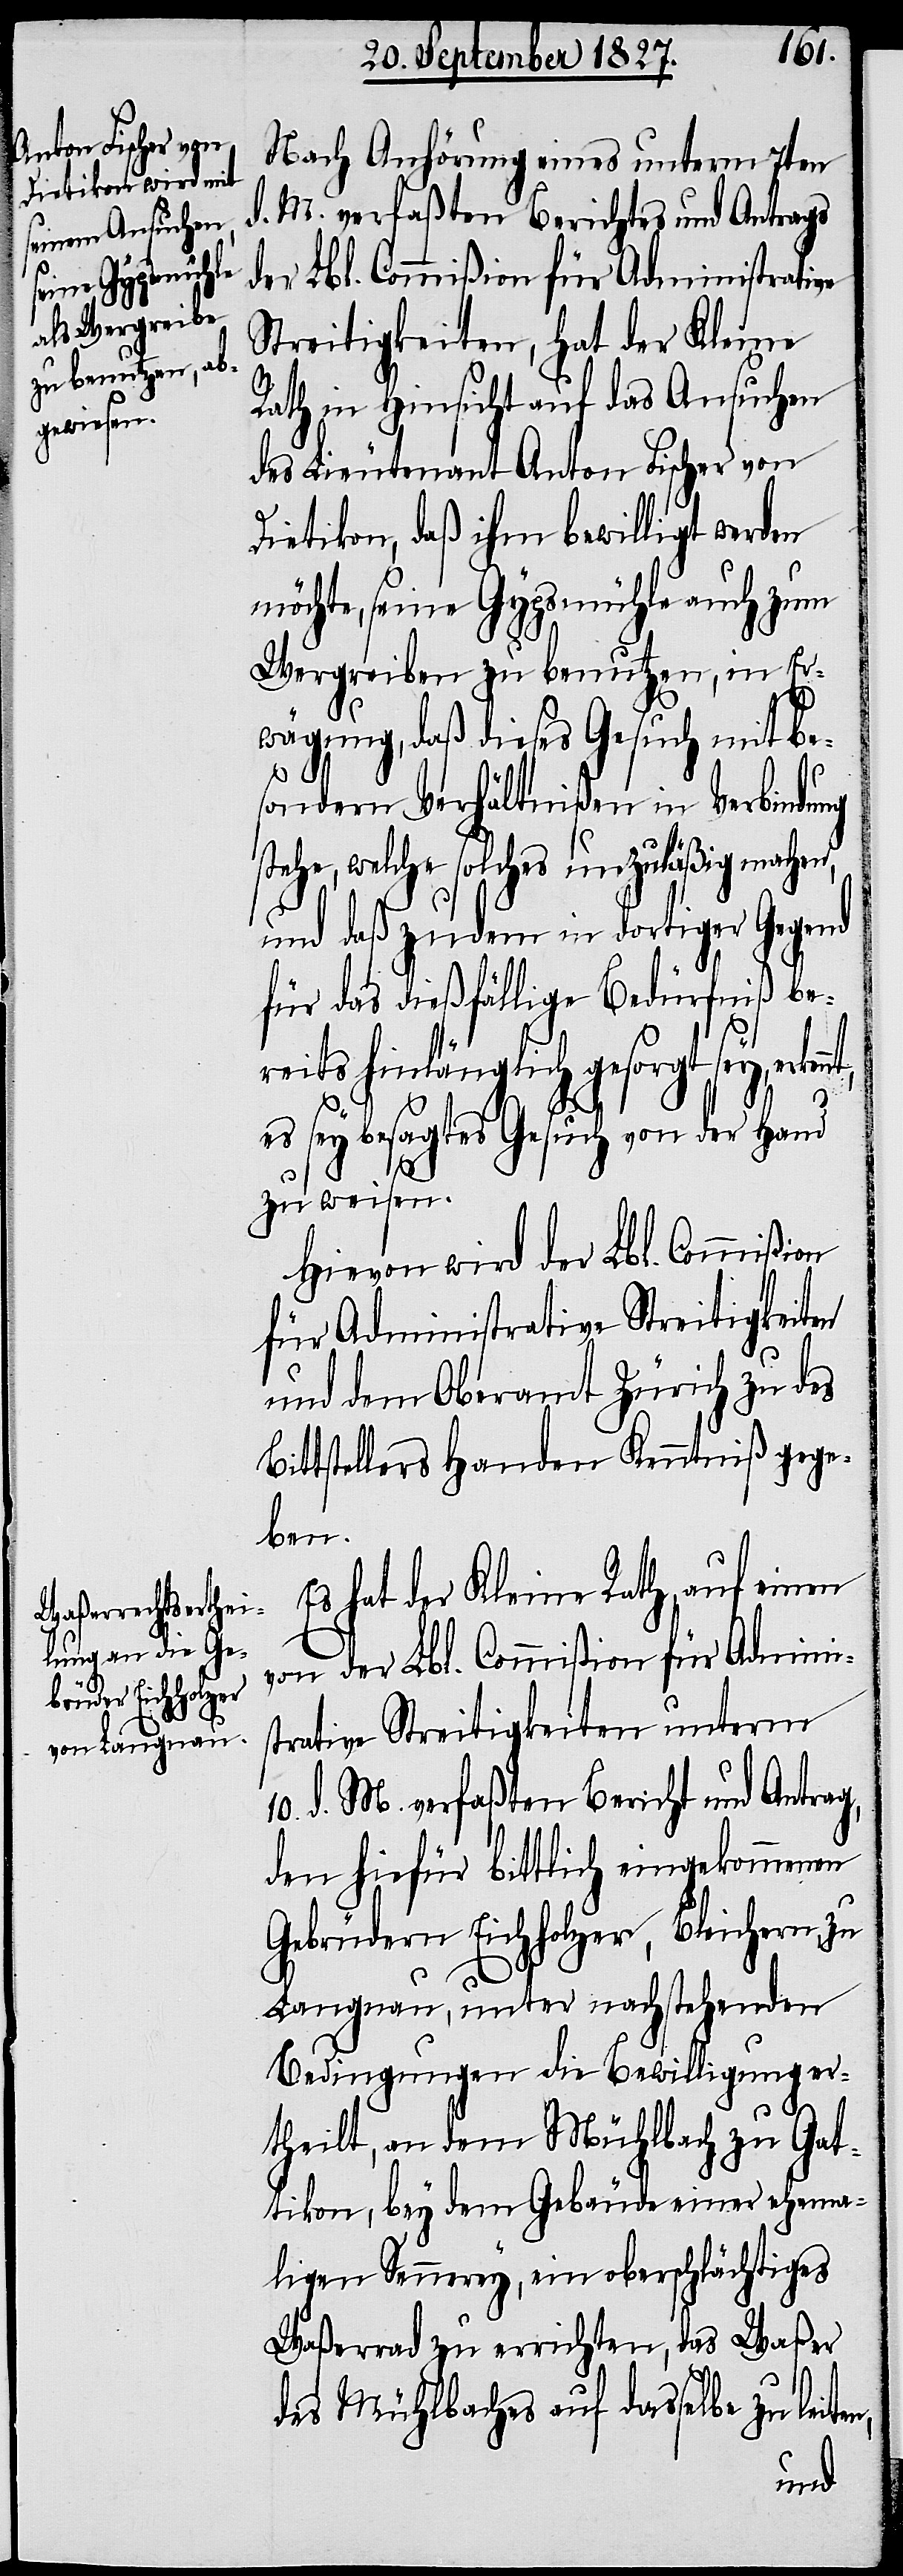
Nach Anhörung eines unterm 7ten
d. M. verfaßten Berichtes und Antrags
der Lbl. Commißion für Administrative
Streitigkeiten, hat der Kleine
Rath in Hinsicht auf das Ansuchen
des Lieutenant Anton Fischer von
Dietikon, daß ihm bewilligt werden
möchte, seine Gypsmühle auch zum
Wergreiben zu benutzen, in Er¬
wägung, daß dieses Gesuch mit be¬
sondern Verhältnißen in Verbindung
stehe, welche solches unzuläßig machen,
und daß zudem in dortiger Gegend
für das dießfällige Bedürfniß be¬
reits hinlänglich gesorgt sey,
es sey besagtes Gesuch von der Hand
zu weisen.
Hievon wird der Lbl. Commißion
für Administrative Streitigkeiten
und dem Oberamt Zürich zu des
tstellers Handen Kenntniß gege¬
ben.
Es hat der Kleine Rath, auf einen
von der Lbl. Commißion für Adminis¬
trative Streitigkeiten unterm
10. d. M. verfaßten Bericht und Antrag,
den hiefür bittlich eingekommenen
Gebrüdern Eichholzer, Bleichern, zu
Langnau, unter nachstehenden
Bedingungen die Bewilligung er¬
theilt, an dem Mühlbach zu Gat¬
tikon, bey dem Gebäude einer ehema¬
ligen Sennerey, ein oberschlächtiges
Waßerrad zu errichten, das Waßer
des Mühlbaches auf dasselbe
leiten,